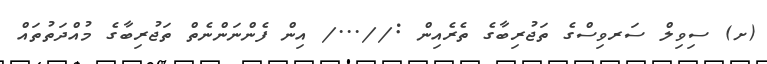
(ށ) ސިވިލް ސަރވިސްގެ ތަޖުރިބާގެ ތެރެއިން ://.../ އިން ފެންނަންނެތް ތަޖުރިބާގެ މުއްދަތުތައް